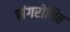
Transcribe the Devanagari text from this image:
संगरोधित